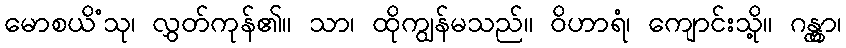
မောစယိံသု၊ လွှတ်ကုန်၏။ သာ၊ ထိုကျွန်မသည်။ ဝိဟာရံ၊ ကျောင်းသို့။ ဂန္တွာ၊